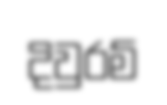
දිවුරම්